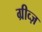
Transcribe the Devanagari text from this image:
ग्रीव्ज़